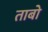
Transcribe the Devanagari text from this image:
ताबो